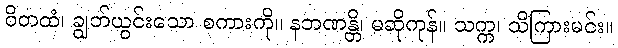
ဝိတထံ၊ ချွတ်ယွင်းသော စကားကို။ နဘဏန္တိ၊ မဆိုကုန်။ သက္က၊ သိကြားမင်း။